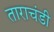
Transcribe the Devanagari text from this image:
ताराचंडी